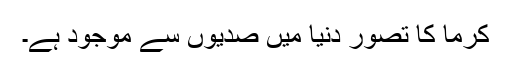
کرما کا تصور دنیا میں صدیوں سے موجود ہے۔